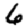
Digit: 6